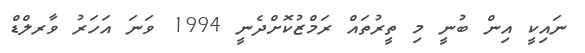
ނައިކީ އިން ބުނީ މި ތީރުތައް ރަމްޒުކޮށްދެނީ 1994 ވަނަ އަހަރު ވާރލްޑް